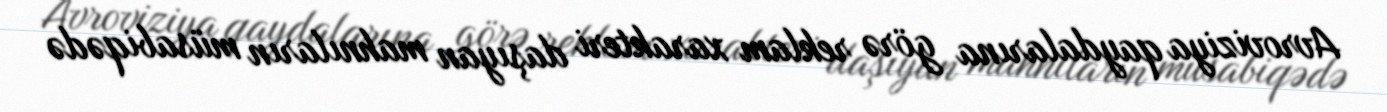
Avroviziya qaydalarına görə reklam xarakteri daşıyan mahnıların müsabiqədə